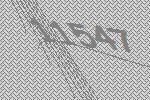
11547